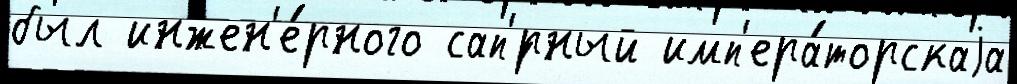
был инжен'е́рного сап'́рный имп'ера́торскаjа